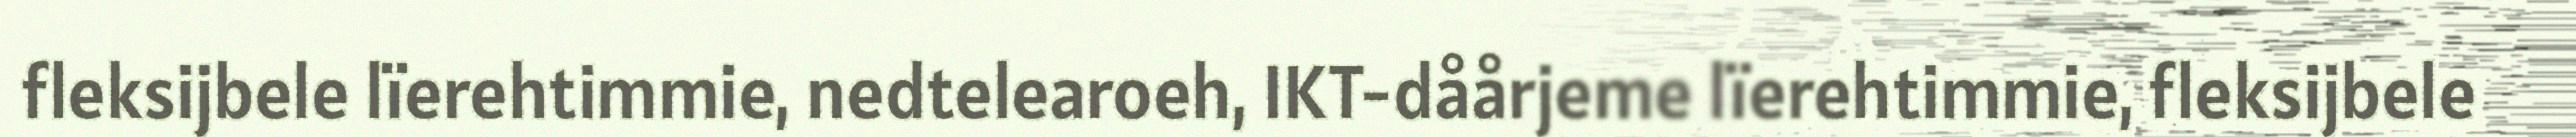
fleksijbele lïerehtimmie, nedtelearoeh, IKT-dåårjeme lïerehtimmie, fleksijbele